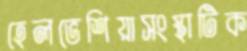
হেলভেশিয়াসংস্থাটিক